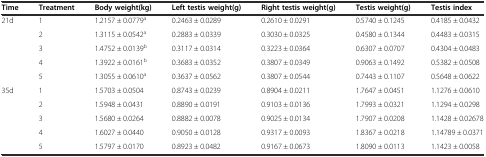
| Time | Treatment | Body weight(kg) | Left testis weight(g) | Right testis weight(g) | Testis weight(g) | Testis index |
 | --- | --- | --- | --- | --- | --- | --- |
 | <ROWSPAN=5> 21d | 1 | 1.2157 ± 0.0779a | 0.2463 ± 0.0289 | 0.2610 ± 0.0291 | 0.5740 ± 0.1245 | 0.4185 ± 0.0432 |
 | 2 | 1.3115 ± 0.0542a | 0.2883 ± 0.0339 | 0.3030 ± 0.0325 | 0.4580 ± 0.1344 | 0.4483 ± 0.0315 |
 | 3 | 1.4752 ± 0.0139b | 0.3117 ± 0.0314 | 0.3223 ± 0.0364 | 0.6307 ± 0.0707 | 0.4304 ± 0.0483 |
 | 4 | 1.3922 ± 0.0161b | 0.3683 ± 0.0352 | 0.3807 ± 0.0349 | 0.9063 ± 0.1492 | 0.5382 ± 0.0508 |
 | 5 | 1.3055 ± 0.0610a | 0.3637 ± 0.0562 | 0.3807 ± 0.0544 | 0.7443 ± 0.1107 | 0.5648 ± 0.0622 |
 | <ROWSPAN=5> 35d | 1 | 1.5703 ± 0.0504 | 0.8743 ± 0.0239 | 0.8904 ± 0.0211 | 1.7647 ± 0.0451 | 1.1276 ± 0.0610 |
 | 2 | 1.5948 ± 0.0431 | 0.8890 ± 0.0191 | 0.9103 ± 0.0136 | 1.7993 ± 0.0321 | 1.1294 ± 0.0298 |
 | 3 | 1.5680 ± 0.0264 | 0.8882 ± 0.0078 | 0.9025 ± 0.0134 | 1.7907 ± 0.0208 | 1.1428 ± 0.02678 |
 | 4 | 1.6027 ± 0.0440 | 0.9050 ± 0.0128 | 0.9317 ± 0.0093 | 1.8367 ± 0.0218 | 1.14789 ± 0.0371 |
 | 5 | 1.5797 ± 0.0170 | 0.8923 ± 0.0482 | 0.9167 ± 0.0673 | 1.8090 ± 0.0113 | 1.1423 ± 0.0058 |